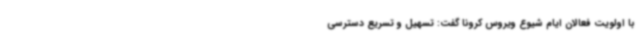
با اولویت فعالان ایام شیوع ویروس کرونا گفت: تسهیل و تسریع دسترسی